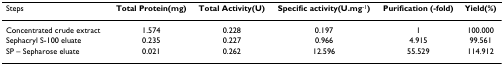
| Steps | Total Protein(mg) | Total Activity(U) | Specific activity(U.mg-1) | Purification (-fold) | Yield(%) |
 | --- | --- | --- | --- | --- | --- |
 | Concentrated crude extract | 1.574 | 0.228 | 0.197 | 1 | 100.000 |
 | Sephacryl S-100 eluate | 0.235 | 0.227 | 0.966 | 4.915 | 99.561 |
 | SP – Sepharose eluate | 0.021 | 0.262 | 12.596 | 55.529 | 114.912 |